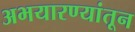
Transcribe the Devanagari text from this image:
अभयारण्यांतून